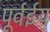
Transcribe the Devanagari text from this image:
पूर्वईय